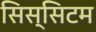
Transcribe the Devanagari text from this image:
सिस्सिटम